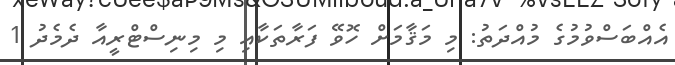
އެއްބަސްވުމުގެ މުއްދަތު: މި މަޤާމަށް ހޮވޭ ފަރާތަކާއި މި މިނިސްޓްރީއާ ދެމެދު 1